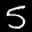
Label: 5